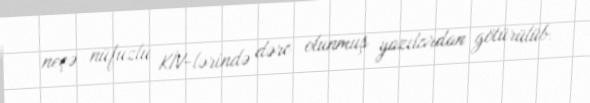
neçə nüfuzlu KİV-lərində dərc olunmuş yazılardan götürülüb.